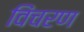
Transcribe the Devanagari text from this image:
विंचरण